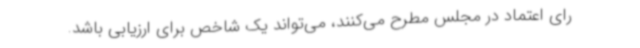
رای اعتماد در مجلس مطرح می‌کنند، می‌تواند یک شاخص برای ارزیابی باشد.